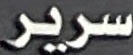
سریر